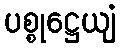
ပစ္စုဋ္ဌေယျံ